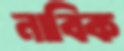
নাবিক